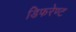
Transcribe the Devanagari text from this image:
डिफरेण्ट